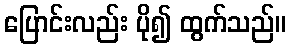
ပြောင်းလည်း ပို၍ ထွက်သည်။